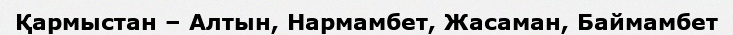
Қармыстан – Алтын, Нармамбет, Жасаман, Баймамбет